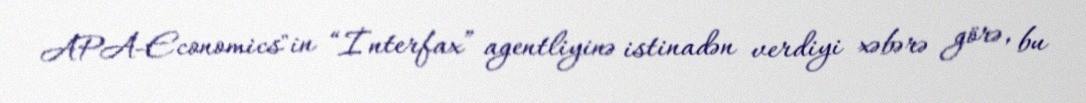
APA-Economics"in “İnterfax” agentliyinə istinadən verdiyi xəbərə görə, bu